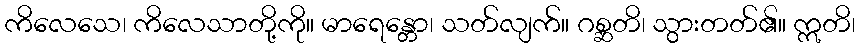
ကိလေသေ၊ ကိလေသာတို့ကို။ မာရေန္တော၊ သတ်လျက်။ ဂစ္ဆတိ၊ သွားတတ်၏။ ဣတိ၊